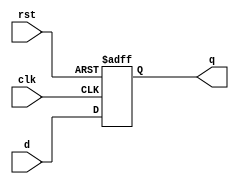
`timescale 1ns / 1ps
//////////////////////////////////////////////////////////////////////////////////
// Company: 
// Engineer: 
// 
// Design Name: 
// Module Name: flopr
// Project Name: 
// Target Devices: 
// Tool Versions: 
// Description: 
// 
// Dependencies: 
// 
// Revision:
// Revision 0.01 - File Created
// Additional Comments:
// 
//////////////////////////////////////////////////////////////////////////////////


module flopr #(parameter WIDTH = 8)(
	input wire clk,rst,
	input wire[WIDTH-1:0] d,
	output reg[WIDTH-1:0] q
    );
	always @(posedge clk,posedge rst) begin
		if(rst) begin
			q <= 0;
		end else begin
			q <= d;
		end
	end
endmodule